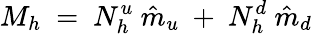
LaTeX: M_{h}~=~N_{h}^{u}~\hat{m}_{u}~+~N_{h}^{d}~\hat{m}_{d}